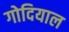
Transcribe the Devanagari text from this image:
गोदियाल